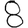
Digit: 8